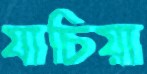
যাচিয়া